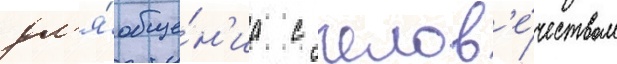
дл'я́ обще́н'иа с челов'е́чеством